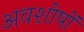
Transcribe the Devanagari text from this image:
अवशोषों